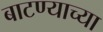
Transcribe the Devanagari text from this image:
बाटण्याच्या